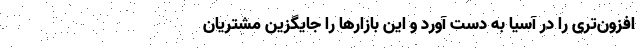
افزون‌تری را در آسیا به دست آورد و این بازارها را جایگزین مشتریان